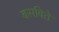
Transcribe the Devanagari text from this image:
बसविते